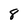
Character: 8